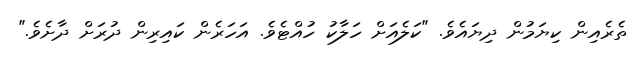
ތެރެއިން ކިޔަމުން ދިޔައެވެ. "ކަލެއަށް ހަލާކު ހުއްޓެވެ. އަހަރެން ކައިރިން ދުރަށް ދާށެވެ."